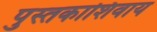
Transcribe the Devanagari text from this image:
पुस्तकाशिवाय